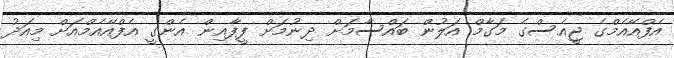
އެފްއޭއެމްގެ ޖީއެސްގެ މަގާމް އަލުން ބައްސާމަށް ދިނުމަށް ފީފާއިން އެންގީ އެފްއޭއެމްއަށް މިއަދު